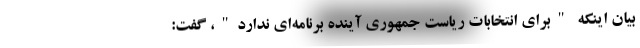
بیان اینکه "برای انتخابات ریاست جمهوری آینده برنامه‌ای ندارد"، گفت: